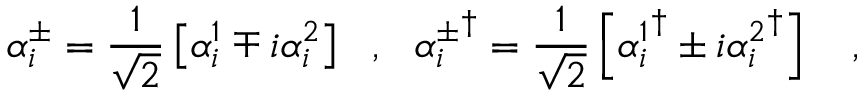
\alpha _ { i } ^ { \pm } = \frac { 1 } { \sqrt { 2 } } \left[ \alpha _ { i } ^ { 1 } \mp i \alpha _ { i } ^ { 2 } \right] \ \ , \ \ { \alpha _ { i } ^ { \pm } } ^ { \dagger } = \frac { 1 } { \sqrt { 2 } } \left[ { \alpha _ { i } ^ { 1 } } ^ { \dagger } \pm i { \alpha _ { i } ^ { 2 } } ^ { \dagger } \right] \ \ \ ,